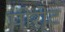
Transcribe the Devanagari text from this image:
पीरोट